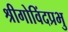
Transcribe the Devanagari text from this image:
श्रीगोविंदप्रभु